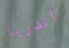
اندريا